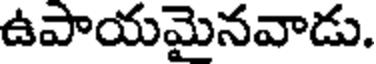
ఉపాయమైనవాడు.